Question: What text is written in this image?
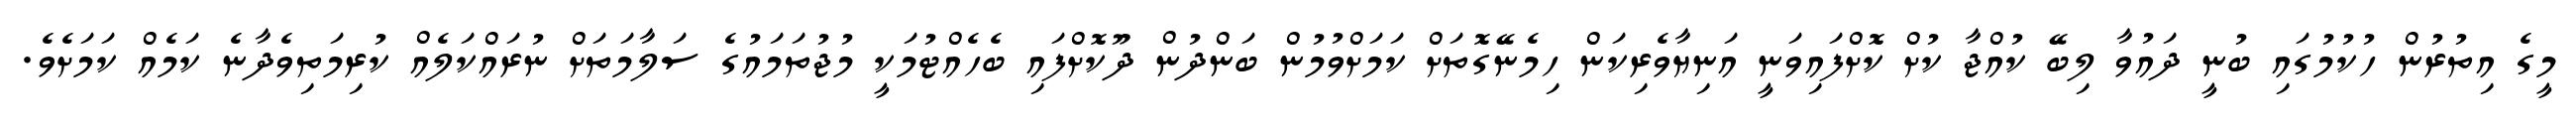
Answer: މީގެ އިތުރުން ހުކުމުގައި ބުނީ ދައުވާ ލިބޭ ކުއްޖާ ކުށް ކޮށްފައިވަނީ އަނިޔާވެރިކަން ހިމެނޭގޮތަށް ކަމަށްވުމުން ބަންދުން ދޫކޮށްފައި ބެހެއްޓުމަކީ މުޖުތަމައުގެ ސަލާމަތަށް ނުރައްކަލެއް ކުރިމަތިވެދާނެ ކަމެއް ކަމަށެވެ.